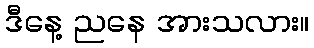
ဒီနေ့ ညနေ အားသလား။